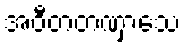
အဝီတတဏှာသေ